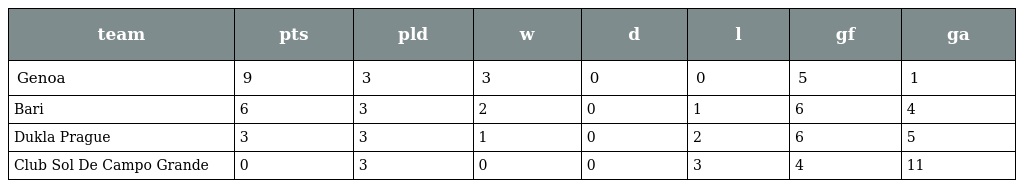
| team | pts | pld | w | d | l | gf | ga |
 | --- | --- | --- | --- | --- | --- | --- | --- |
 | Genoa | 9 | 3 | 3 | 0 | 0 | 5 | 1 |
 | Bari | 6 | 3 | 2 | 0 | 1 | 6 | 4 |
 | Dukla Prague | 3 | 3 | 1 | 0 | 2 | 6 | 5 |
 | Club Sol De Campo Grande | 0 | 3 | 0 | 0 | 3 | 4 | 11 |